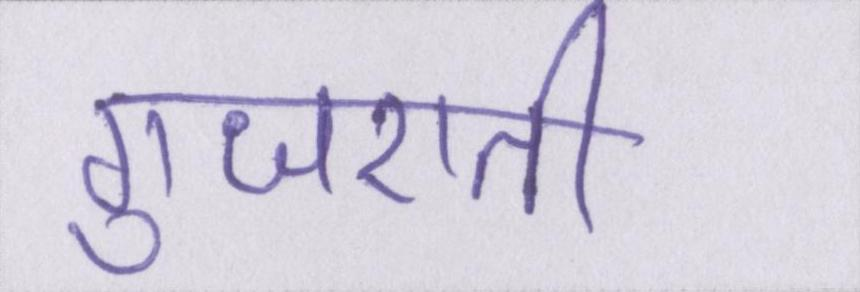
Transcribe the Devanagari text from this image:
गुजराती